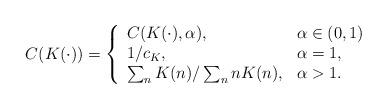
LaTeX: \begin{align*} C(K(\cdot)) = \left\{ \begin{array}{ll}C(K(\cdot),\alpha), & \alpha \in (0,1) \\1/c_K, & \alpha =1, \\\sum_n K(n)/ \sum_n nK(n), & \alpha >1.\end{array}\right.\end{align*}